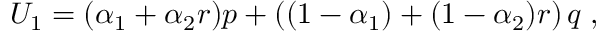
U _ { 1 } = ( \alpha _ { 1 } + \alpha _ { 2 } r ) p + \left( ( 1 - \alpha _ { 1 } ) + ( 1 - \alpha _ { 2 } ) r \right) q \; ,